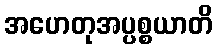
အဟေတုအပ္ပစ္စယာတိ